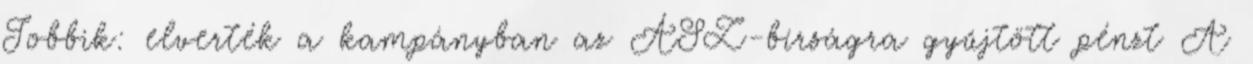
Jobbik: elverték a kampányban az ÁSZ-bírságra gyűjtött pénzt A